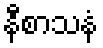
နီစာသနံ